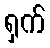
ရှက်